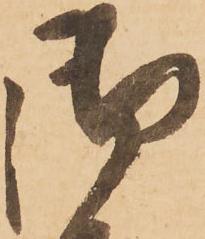
御